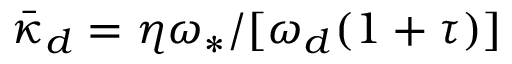
\bar { \kappa } _ { d } = \eta \omega _ { \ast } / [ \omega _ { d } ( 1 + \tau ) ]